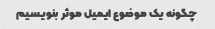
چگونه یک موضوع ایمیل موثر بنویسیم